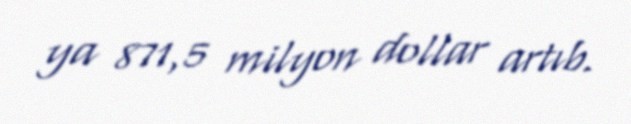
ya 871,5 milyon dollar artıb.